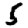
Digit: 5